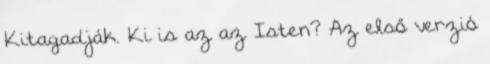
Kitagadják. Ki is az az Isten? Az első verzió